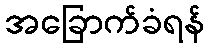
အခြောက်ခံရန်